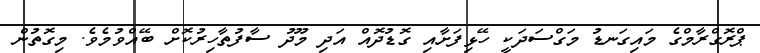
ޕްރޮގްރާމްގެ މައިގަނޑު މަގްސަދަކީ ހޭޅިފަށާއި ގޮޑުދޮއް އަދި މޫދު ސާފުތާހިރުކޮށް ބޭއްވުމެވެ. މިގޮތުން